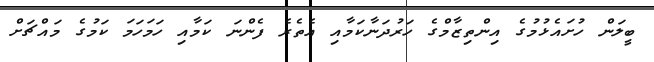
ބީލަން ހުށައެޅުމުގެ އިންތިޒާމްގެ ހަރުދަނާކަމާއި އެތެރެ ފެންނަ ކަމާއި ހަމަހަމަ ކަމުގެ މައްޗަށް